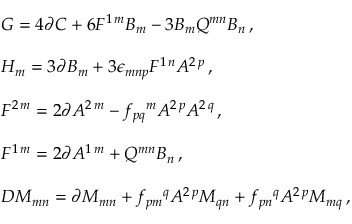
\begin{array} { r c l } { { } } & { { } } & { { G = 4 \partial C + 6 F ^ { 1 \, m } B _ { m } - 3 B _ { m } Q ^ { m n } B _ { n } \, , } } \\ { { } } & { { } } & { { } } \\ { { } } & { { } } & { { H _ { m } = 3 \partial B _ { m } + 3 \epsilon _ { m n p } F ^ { 1 \, n } A ^ { 2 \, p } \, , } } \\ { { } } & { { } } & { { } } \\ { { } } & { { } } & { { F ^ { 2 \, m } = 2 \partial A ^ { 2 \, m } - f _ { p q } { } ^ { m } A ^ { 2 \, p } A ^ { 2 \, q } \, , } } \\ { { } } & { { } } & { { } } \\ { { } } & { { } } & { { F ^ { 1 \, m } = 2 \partial A ^ { 1 \, m } + Q ^ { m n } B _ { n } \, , } } \\ { { } } & { { } } & { { } } \\ { { } } & { { } } & { { { \cal D } { \cal M } _ { m n } = \partial { \cal M } _ { m n } + f _ { p m } { } ^ { q } A ^ { 2 \, p } { \cal M } _ { q n } + f _ { p n } { } ^ { q } A ^ { 2 \, p } { \cal M } _ { m q } \, , } } \end{array}